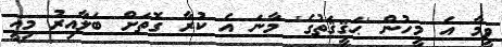
ވީމާ އެ މީހުން 'ޙަޤީޤަތުގެ' މާނަ އެ ކުރާ ގޮތަށް ބަލާއިރު މިއީ